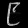
Digit: ၉